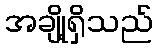
အချို့ရှိသည်